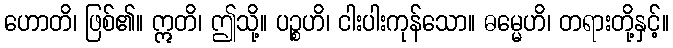
ဟောတိ၊ ဖြစ်၏။ ဣတိ၊ ဤသို့။ ပဉ္စဟိ၊ ငါးပါးကုန်သော။ ဓမ္မေဟိ၊ တရားတို့နှင့်။